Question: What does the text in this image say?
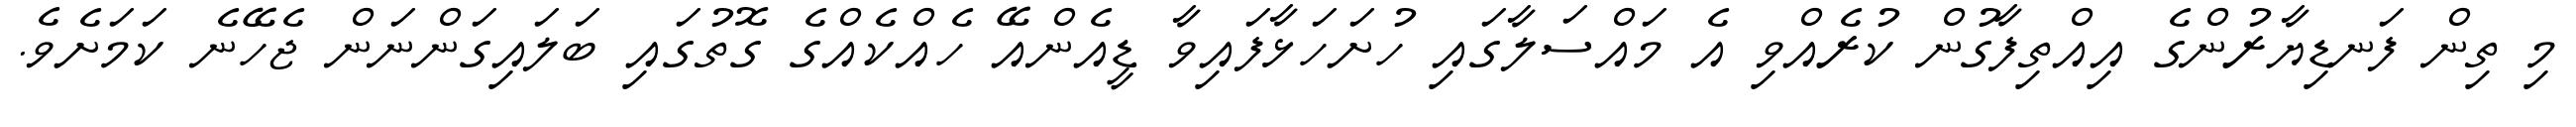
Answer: މި ތިން ފަނޑިޔާރުންގެ އިއްތިފާގުން ކުރެއްވި އެ މައްސަލާގައި ހުށަހަޅާފައިވާ ޑީއެންއޭ ހެއްކެއްގެ ގޮތުގައި ބަލައިގަންނަން ޖެހޭނެ ކަމަށެވެ.